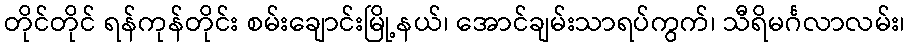
တိုင်တိုင် ရန်ကုန်တိုင်း စမ်းချောင်းမြို့နယ်၊ အောင်ချမ်းသာရပ်ကွက်၊ သီရိမင်္ဂလာလမ်း၊